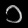
Digit: ၁